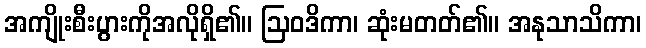
အကျိုးစီးပွားကိုအလိုရှိ၏။ ဩဝဒိကာ၊ ဆုံးမတတ်၏။ အနုသာသိကာ၊